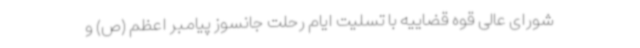
شورای عالی قوه قضاییه با تسلیت ایام رحلت جانسوز پیامبر اعظم (ص) و